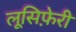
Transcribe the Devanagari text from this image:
लूसिफ़ेरी